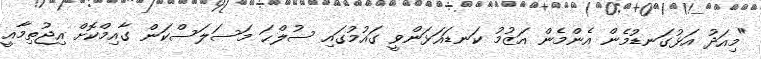
"މިއަދު އަޅުގަނޑުމެން އެންމެން އަޒުމު ކަނޑައަޅަންވީ ގައުމުގައި ސުލްޙަ މަސަލަސްކަން ގާއިމްކޮށް އިޖުތިމާއީ